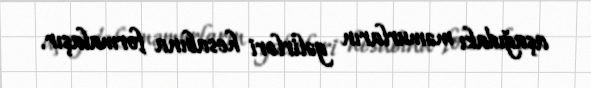
aşağıdakı məmurların gəlirləri hesabına formalaşır.